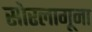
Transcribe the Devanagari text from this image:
सोरलागूना